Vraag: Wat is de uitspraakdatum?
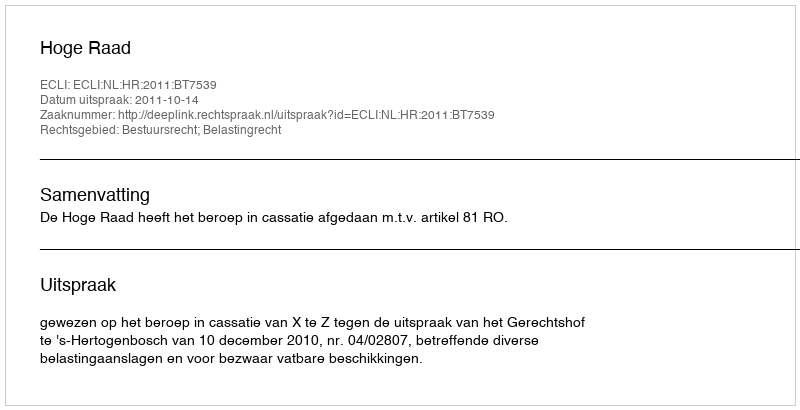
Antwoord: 2011-10-14